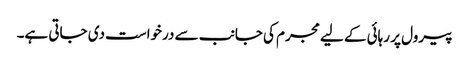
پیرول پر رہائی کے لیے مجرم کی جانب سے درخواست دی جاتی ہے۔